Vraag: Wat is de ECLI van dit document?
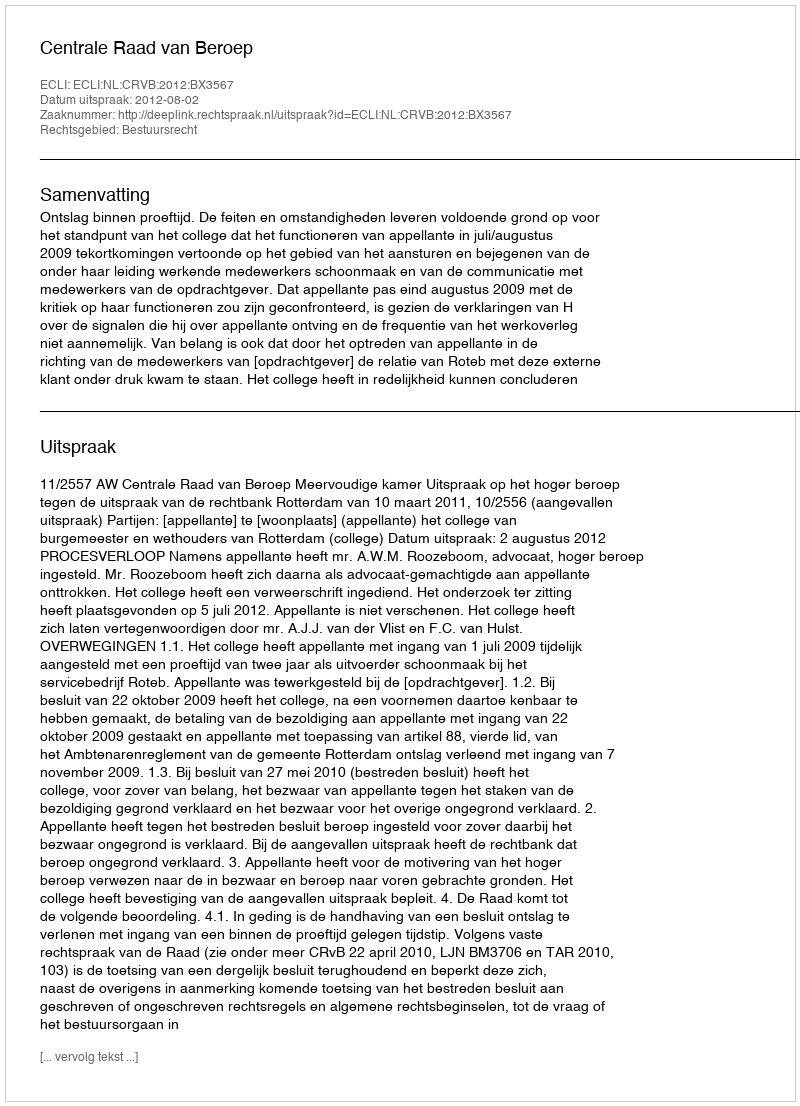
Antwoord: ECLI:NL:CRVB:2012:BX3567